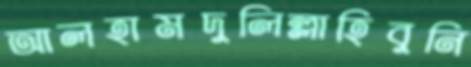
আলহামদুলিল্লাহিবুনি